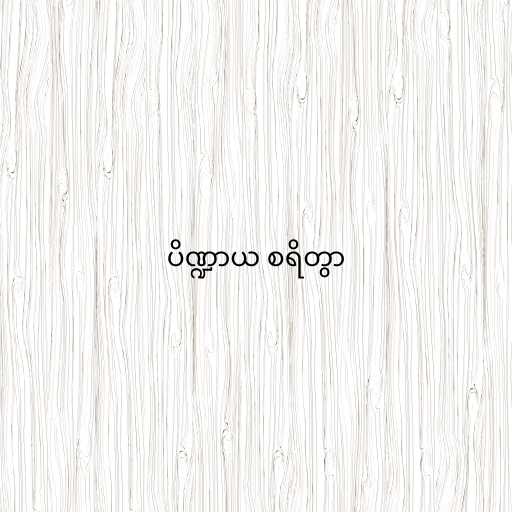
ပိဏ္ဍာယ စရိတွာ